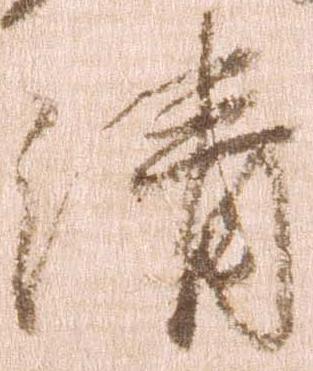
清